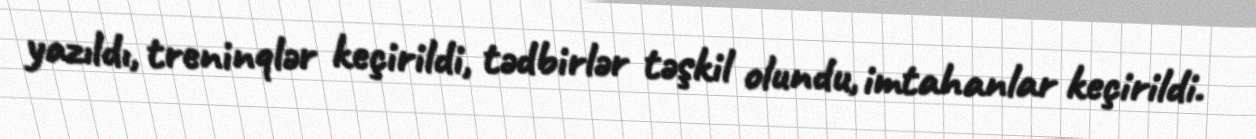
yazıldı, treninqlər keçirildi, tədbirlər təşkil olundu, imtahanlar keçirildi.